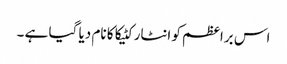
اس براعظم کو انٹارکٹیکا کا نام دیا گیا ہے ۔